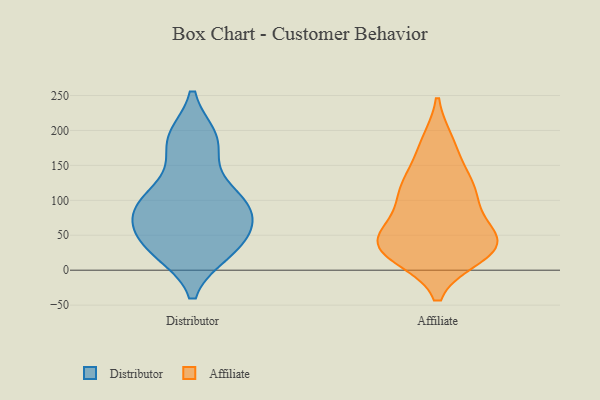
{"axis": {"x": "Bounce Rate (%)", "y": "Value"}, "legend": ["Affiliate", "Distributor"], "data": [{"x": "", "y": 186, "type": "Distributor"}, {"x": "", "y": 27, "type": "Distributor"}, {"x": "", "y": 94, "type": "Distributor"}, {"x": "", "y": 181, "type": "Distributor"}, {"x": "", "y": 41, "type": "Distributor"}, {"x": "", "y": 108, "type": "Distributor"}, {"x": "", "y": 32, "type": "Distributor"}, {"x": "", "y": 114, "type": "Distributor"}, {"x": "", "y": 188, "type": "Distributor"}, {"x": "", "y": 29, "type": "Distributor"}, {"x": "", "y": 79, "type": "Distributor"}, {"x": "", "y": 65, "type": "Distributor"}, {"x": "", "y": 74, "type": "Distributor"}, {"x": "", "y": 91, "type": "Distributor"}, {"x": "", "y": 109, "type": "Affiliate"}, {"x": "", "y": 32, "type": "Affiliate"}, {"x": "", "y": 181, "type": "Affiliate"}, {"x": "", "y": 41, "type": "Affiliate"}, {"x": "", "y": 42, "type": "Affiliate"}, {"x": "", "y": 55, "type": "Affiliate"}, {"x": "", "y": 36, "type": "Affiliate"}, {"x": "", "y": 113, "type": "Affiliate"}, {"x": "", "y": 22, "type": "Affiliate"}, {"x": "", "y": 128, "type": "Affiliate"}, {"x": "", "y": 177, "type": "Affiliate"}, {"x": "", "y": 119, "type": "Affiliate"}, {"x": "", "y": 52, "type": "Affiliate"}, {"x": "", "y": 26, "type": "Affiliate"}, {"x": "", "y": 97, "type": "Affiliate"}, {"x": "", "y": 29, "type": "Affiliate"}]}